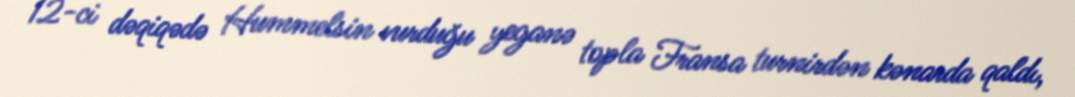
12-ci dəqiqədə Hummelsin vurduğu yeganə topla Fransa turnirdən kənarda qaldı,